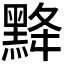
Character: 𪐿